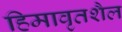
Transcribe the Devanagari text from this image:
हिमावृतशैल